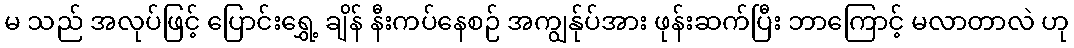
မ သည် အလုပ်ဖြင့် ပြောင်းရွှေ့ ချိန် နီးကပ်နေစဉ် အကျွန်ုပ်အား ဖုန်းဆက်ပြီး ဘာကြောင့် မလာတာလဲ ဟု